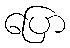
ပြော